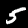
Label: 5